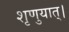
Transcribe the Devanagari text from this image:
शृणुयात्।